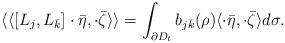
LaTeX: \begin{align*} \langle\langle [L_j,L_{\bar k}]\cdot\bar\eta,\cdot\bar\zeta\rangle\rangle =\int_{\partial D_t} b_{j\bar k}(\rho) \langle \cdot\bar\eta, \cdot\bar\zeta\rangle d \sigma.\end{align*}